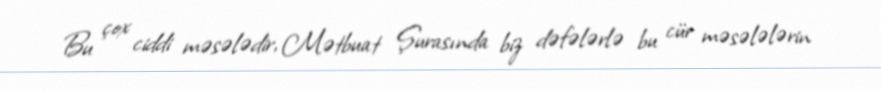
Bu çox ciddi məsələdir, Mətbuat Şurasında biz dəfələrlə bu cür məsələlərin